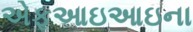
એફઆઇઆઇના